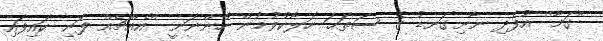
''ގަމާ'' އުފެދި ނާށިގަނޑު ގެ ސަތަޙަ ހަލާކުވުމުން ހުންނަނީ ''އެއްޗެއް ފަނި ކައިފައި